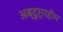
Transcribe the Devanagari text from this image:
अब्दुर्ररहीम